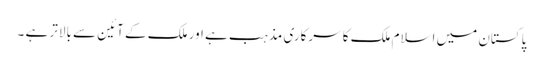
پاکستان میں اسلام ملک کا سرکاری مذہب ہے اور ملک کے آئین سے بالاتر ہے ۔